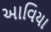
આવિયા